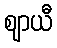
ဈာယီ